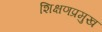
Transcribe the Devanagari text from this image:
शिक्षणप्रमुख